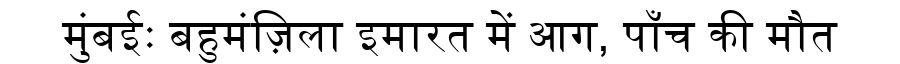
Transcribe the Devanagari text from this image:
मुंबईः बहुमंज़िला इमारत में आग, पाँच की मौत